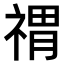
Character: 𥚷